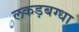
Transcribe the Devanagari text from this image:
लकड़बग्धा